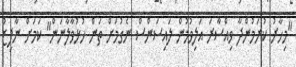
"މިހާރު ކުރަމުންދާ ވިއްސާރަ އަލިވުމުން ލައިސަންސް ނެގުމަށް ތަން ހުޅުވާލާނަން" ކަމަށް ނާފިޒު